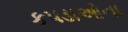
કપડાઓના